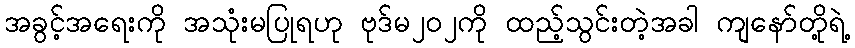
အခွင့်အရေးကို အသုံးမပြုရဟု ဗုဒ်မ၂၀၂ကို ထည့်သွင်းတဲ့အခါ ကျနော်တို့ရဲ့